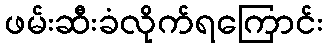
ဖမ်းဆီးခံလိုက်ရကြောင်း